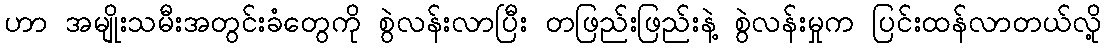
ဟာ အမျိုးသမီးအတွင်းခံတွေကို စွဲလန်းလာပြီး တဖြည်းဖြည်းနဲ့ စွဲလန်းမှုက ပြင်းထန်လာတယ်လို့